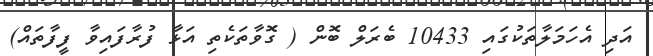
އަދި އެހަމަލާތަކުގައި 10433 ބެރަލް ބޮން ( ގޮވާތަކެތި އަޅާ ފުރާފައިވާ ފީފާތައް)